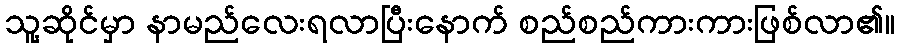
သူ့ဆိုင်မှာ နာမည်လေးရလာပြီးနောက် စည်စည်ကားကားဖြစ်လာ၏။